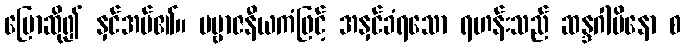
ပြောဆို၍ နှင်အပ်၏။ ပဗ္ဗာဇနီယကံဖြင့် အနှင်ခံရသော ရဟန်းသည် ဆန္ဒဂါမိနော စ